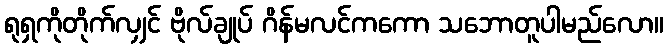
ရုရှကိုတိုက်လျှင် ဗိုလ်ချုပ် ဂိန်မလင်ကကော သဘောတူပါမည်လော။